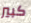
كبير